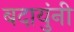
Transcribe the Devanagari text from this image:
बदायुंनी